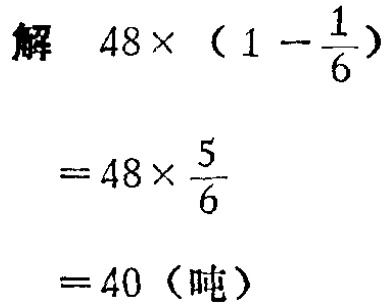
\[

\begin{align*}

&解\quad48\times(1 - \frac{1}{6})\\

&=48\times\frac{5}{6}\\

&=40（吨）

\end{align*}

\]